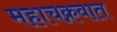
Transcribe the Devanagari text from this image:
महाचक्रवात